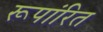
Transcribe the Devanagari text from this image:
रूपांरित